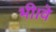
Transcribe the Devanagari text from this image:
भी।वे